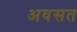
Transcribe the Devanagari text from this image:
अवसत